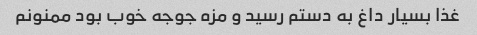
غذا بسیار داغ به دستم رسید و مزه جوجه خوب بود ممنونم